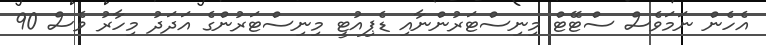
އެހެން ނަމަވެސް ސްޓޭޓް މިނިސްޓަރުންނާއި ޑެޕިއުޓީ މިނިސްޓަރުންގެ އަދަދު މިހާރު ވެސް 90